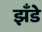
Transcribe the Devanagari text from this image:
झँडे